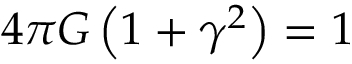
4 \pi G \left( 1 + \gamma ^ { 2 } \right) = 1